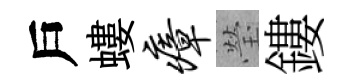
戶螻瘴瑩鏤